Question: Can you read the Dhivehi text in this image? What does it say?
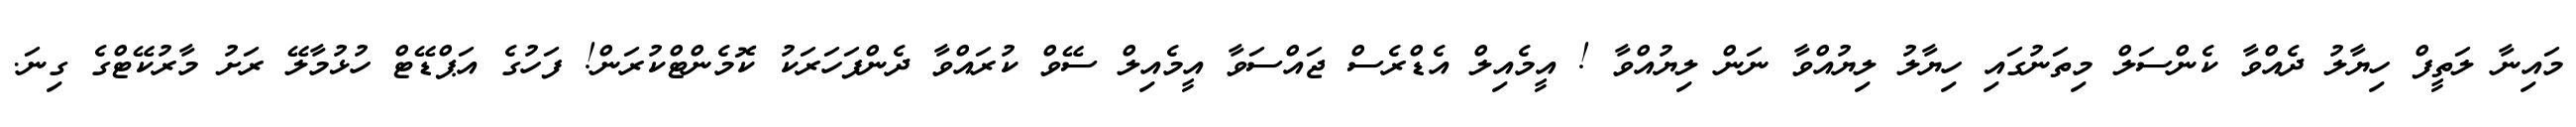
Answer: މައިނާ ލަތީފް ހިޔާލު ދެއްވާ ކެންސަލް މިތަނުގައި ހިޔާލު ލިޔުއްވާ ނަން ލިޔުއްވާ ! އީމެއިލް އެޑްރެސް ޖައްސަވާ އީމެއިލް ސޭވް ކުރައްވާ ދެންފަހަރަކު ކޮމެންޓްކުރަން! ފަހުގެ އަޕްޑޭޓް ހުޅުމާލޭ ރަށު މާރުކޭޓްގެ ގިނަ.